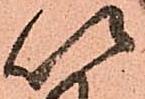
以